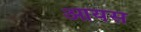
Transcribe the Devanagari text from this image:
आयस